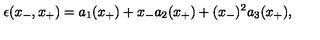
\epsilon ( x _ { - } , x _ { + } ) = a _ { 1 } ( x _ { + } ) + x _ { - } a _ { 2 } ( x _ { + } ) + ( x _ { - } ) ^ { 2 } a _ { 3 } ( x _ { + } ) ,